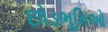
છોડભૂમિઓ